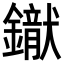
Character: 𨭢